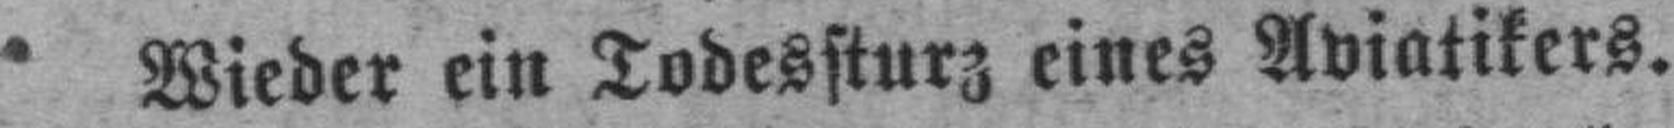
Wieder ein Todessturz eines Aviatikers.